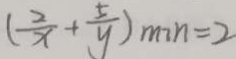
( \frac { 2 } { x } + \frac { 5 } { y } ) _ { \min } = 2